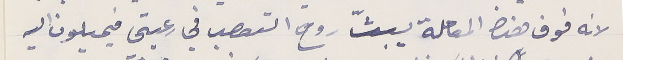
لانه فوق هذه المعاملة يبثّ روح التعصب في رعيتي فيميلون اليه